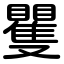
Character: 矍